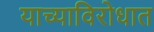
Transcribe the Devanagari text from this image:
याच्याविरोधात